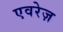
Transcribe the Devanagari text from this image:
एवरेज़